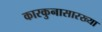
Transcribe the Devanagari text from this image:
कारकुनासारख्या